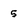
Character: 5